Indian journal of veterinary science and animal husbandry - Volumes 15-17, 1948-1951
Year: 1948
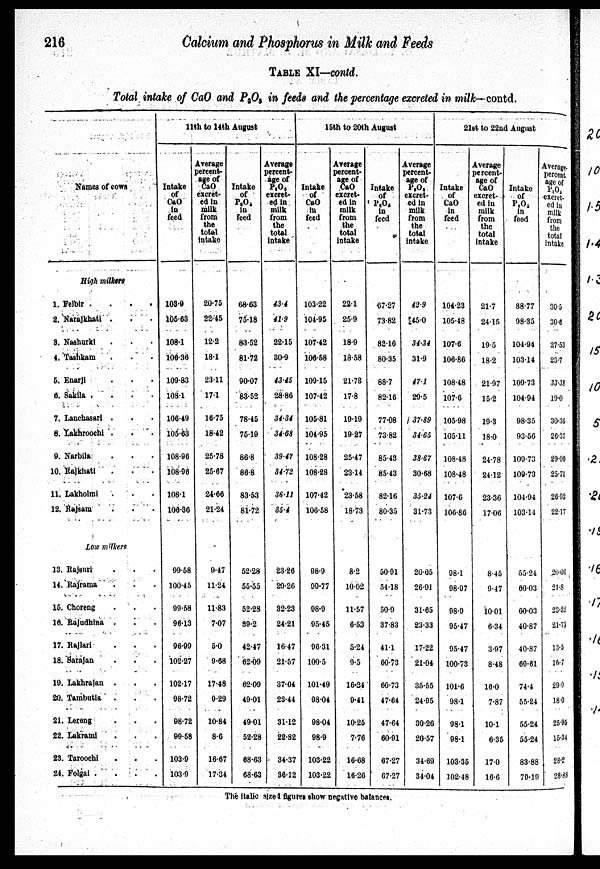
216
Calcium and Phosphorus in Milk and Feeds
TABLE XI—contd.
Total intake of CaO and P 2 O 5 in feeds and the percentage excreted in milk— contd.
Names of cows
High milkers
1. Felbir .
.
.
.
2. Narajkhati . . .
3. Nashurki . . .
4. Tashkam . . .
5. Enarji . . .
6. Sakila .
.
.
.
7. Lanchasari . . .
8. Lakhroochi . . .
9. Narbila . . .
10. Rajkhati . . .
11. Lakholmi . . .
12. Rajsam . . .
Low milkers . . .
13. Rajeuri . . .
14. Rajrama . . .
15. Choreng . . .
16. Rajudhina . . .
17. Rajlari . . .
18. Sarajan . . .
19. Lakhrajan . . .
20. Tambutia . . .
21. Lerong . . .
22. Lakrami . . .
23. Taroochi . . .
24. Folgai . . .
11th to 14th August
Intake
of
CaO
in
feed
103.9
105.63
108.1
108.36
109.83
108.1
106.49
105.63
108.96
108.96
108.1
106.36
99.68
100.45
99.68
96.13
96.99
102.27
102.17
98.72
98.72
99.68
103.9
103.9
Average
percent-
age of
CaO
excret-
ed in
milk
from
the
total
intake
20.75
22.45
12.2
18.1
23.11
17.1
16.75
18.42
25.78
25.67
24.66
21.24
9.47
11.24
11.83
7.07
5.0
9.68
17.48
9.29
10.84
8.6
16.67
17.34
Intake
of
P2O5
in
feed
68.63
75.18
83.52
81.72
90.07
83.52
78.45
75.10
86.8
86.8
83.53
81.72
52.28
55.55
52.28
89.2
42.47
62.09
62.09
49.01
49.01
52.28
68.63
68.63
Average
percent-
age of
P2O5
excret-
ed in
milk
from
the
total
intake
43.4
41.9
22.15
30.9
43.45
28.86
34.34
34.68
39.47
34.72
36.11
35.4
23.26
29.26
32.23
24.21
16.47
21.57
37.04
23.44
31.12
22.32
34.37
36.12
15th to 20th August
Intake
of
CaO
in
feed
103.22
104.95
107.42
106.58
109.15
107.42
105.81
104.95
108.28
108.28
107.42
106.58
98.9
99.77
98.9
95.45
96.31
100.5
101.49
98.04
98.04
98.9
103.22
103.22
Average
percent-
age of
CaO
excret-
ed in
milk
from
the
total
intake
22.1
25.9
18.9
18.58
21.73
17.8
19.19
19.27
25.47
23.14
23.58
18.73
8.2
10.02
11.57
6.53
5.24
9.5
16.24
9.41
10.25
7.76
16.68
16.26
Intake
of
P2O5
In
feed
67.27
73.82
82.10
80.35
88.7
82.16
77.08
73.82
85.43
85.43
82.16
80.35
50.91
54.18
50.9
37.83
41.1
60.73
60.73
47.64
47.64
60.91
67.27
67.27
Average
percent-
age of
P2O5
excret-
ed in
milk
from
the
total
intake
42.9
45.0
34.34
31.9
47.1
29.5
37.89
34.65
38.67
30.68
35.24
31.73
20.05
26.91
31.65
23.33
17.22
21.04
35.55
24.95
30.26
20.57
34.69
34.04
21st to 22nd
Intake
of
CaO
in
feed
104.23
105.48
107.6
106.86
108.48
107.6
105.98
105.11
108.48
108.48
107.6
106.86
98.1
98.97
98.9
95.47
95.47
100.73
101.6
93.1
98.1
98.1
103.35
102.48
Average
percent-
age of
CaO
excret-
ed in
milk
from
the
total
intake
21.7
24.15
19.5
18.2
21.97
15.2
19.3
18.0
24.78
24.12
23.36
17.06
8.45
9.47
10.01
6.34
3.97
8.48
16.0
7.87
10.1
6.35
17.0
16.6
Intake
of
P2O5
in
food
88.77
98.35
104.94
103.14
109.73
104.94
98.35
93.56
109.73
109.73
104.94
103.14
55.24
60.03
60.03
40.87
40.87
69.61
74.4
55.24
55.24
55.24
83.88
79.19
Average.
percent
age of
P2O5
excret-
ed in
milk
from
the
total
intake
30.5
30.6
27.53
23.7
33.33
19.0
30.36
26.37
20.00
25.71
26.03
22.17
20.06
21.8
23.32
21.73
13.5
16.7
29.9
18.0
25.05
15.34
28.2
28.88
The Italic sized figures show negative balances.